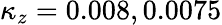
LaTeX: \kappa_{z}=0.008,0.0075